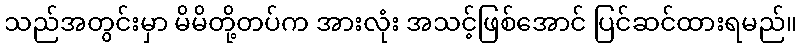
သည်အတွင်းမှာ မိမိတို့တပ်က အားလုံး အသင့်ဖြစ်အောင် ပြင်ဆင်ထားရမည်။